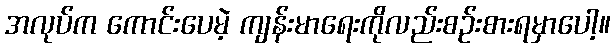
အလုပ်က ကောင်းပေမဲ့ ကျန်းမာရေးကိုလည်းစဉ်းစားရမှာပေါ့။